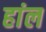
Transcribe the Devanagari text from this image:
हांल